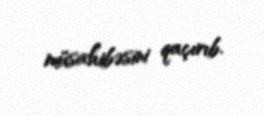
müsahibəsini qaçırıb.